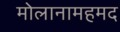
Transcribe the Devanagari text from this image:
मोलानामहमद